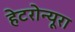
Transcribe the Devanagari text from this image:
हेटरोन्यूरा